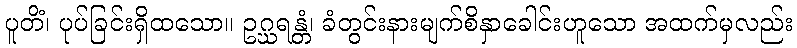
ပူတိံ၊ ပုပ်ခြင်းရှိထသော။ ဥဂ္ဃရန္တံ၊ ခံတွင်းနားမျက်စိနှာခေါင်းဟူသော အထက်မှလည်း